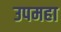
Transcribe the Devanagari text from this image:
उपमहा